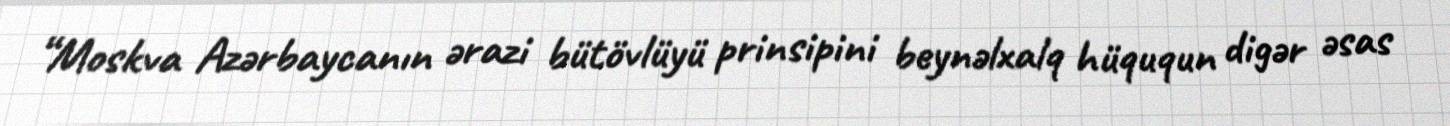
“Moskva Azərbaycanın ərazi bütövlüyü prinsipini beynəlxalq hüququn digər əsas